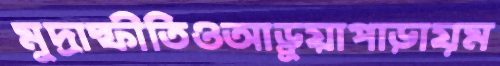
মুদ্রাস্ফীতিওআড়ুয়াপাড়ায়ম